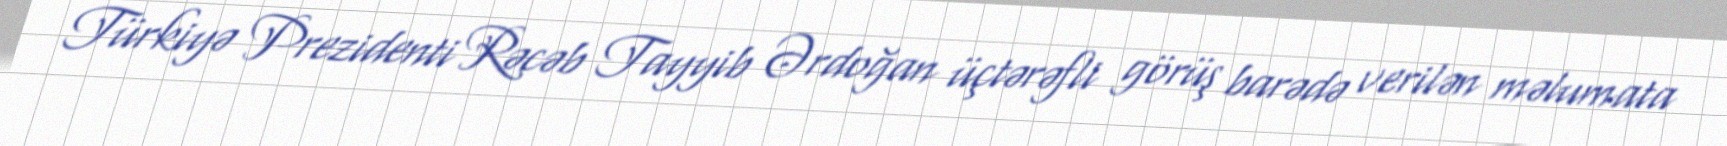
Türkiyə Prezidenti Rəcəb Tayyib Ərdoğan üçtərəfli görüş barədə verilən məlumata